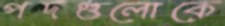
পদগুলোকে